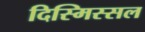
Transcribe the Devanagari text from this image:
दिस्मिस्सल